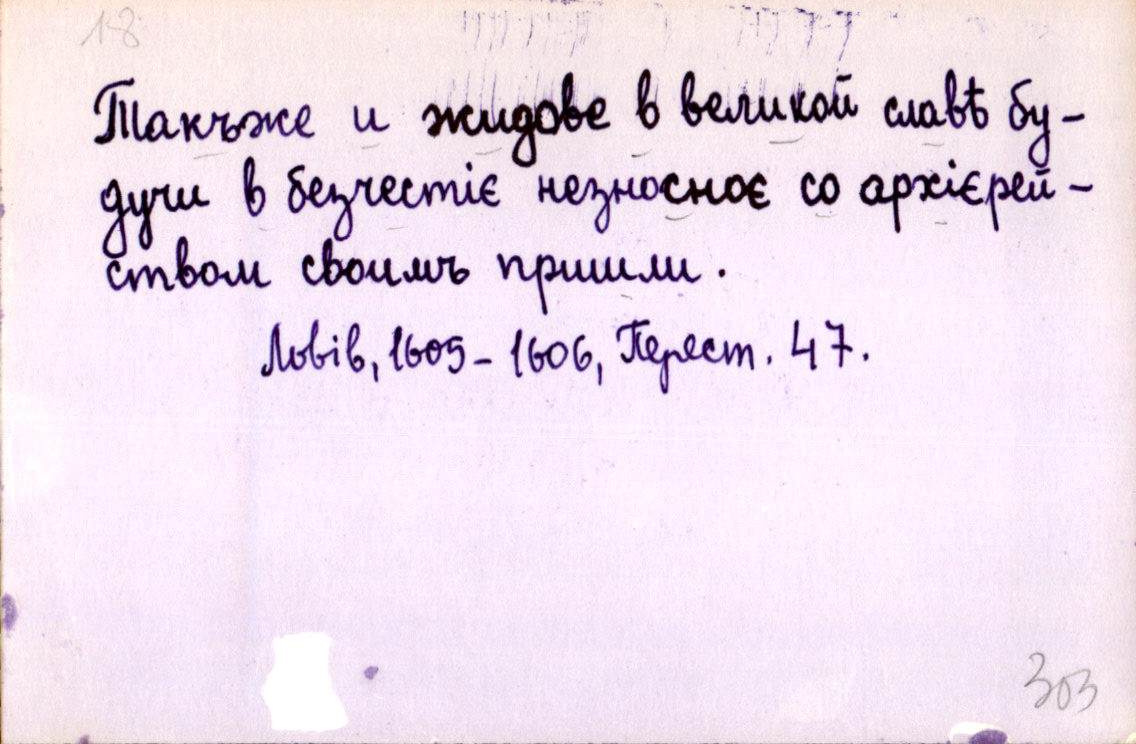
Такъже и жидове в великой славѣ бу-
дучи в безчестіє незносноє со архієрей-
ством своимъ пришли.
Львів, 1605-1606, Перест. 47.